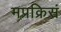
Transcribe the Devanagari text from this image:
मप्रक्रिसं